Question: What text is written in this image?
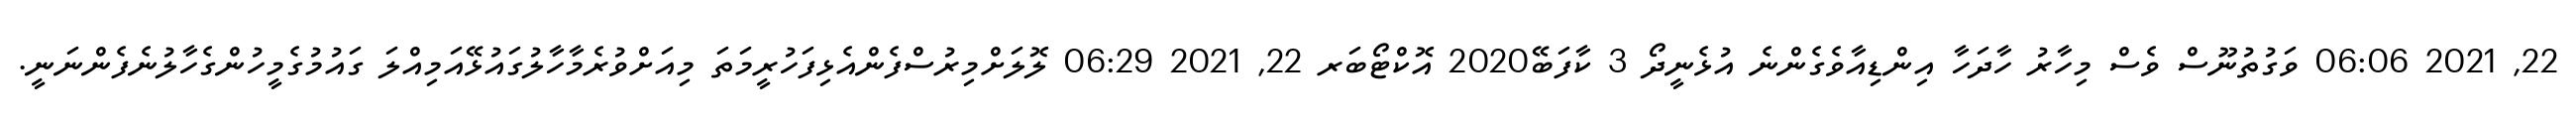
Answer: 22, 2021 06:06 ވަގުތުނޫސް ވެސް މިހާރު ހާދަހާ އިންޑިއާވެގެންނެ އުޅެނީދޯ 3 ކާފަބޭ2020 އޮކްޓޯބަރ 22, 2021 06:29 ލޮލަށްމިރުސްފެންއެޅިފަހުރީމަތަ މިއަށްވުރެމާހާލުގައުޅޭއަމިއްލަ ގައުމުގެމީހުންގެހާލުނެފެންނަނީ.